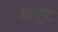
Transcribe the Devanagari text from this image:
आरमुट